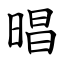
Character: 晿